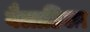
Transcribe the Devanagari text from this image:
बैलाडिला